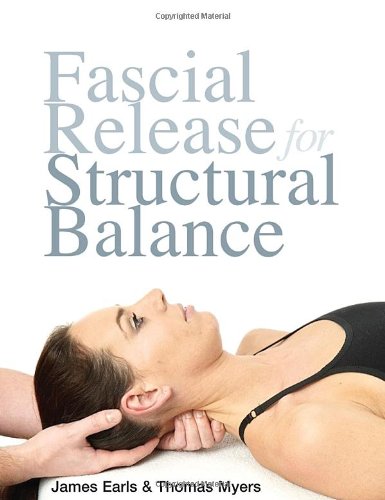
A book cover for Fascial Release for Structural Balance; Thomas Myers; Medical Books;